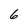
Character: 6